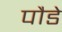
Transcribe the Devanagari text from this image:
पौडे